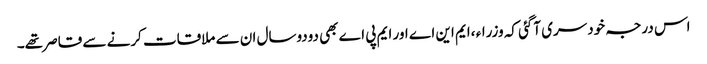
اس درجہ خودسری آگئی کہ وزراء ،ایم این اے اور ایم پی اے بھی دودوسال ان سے ملاقات کرنے سے قاصر تھے۔